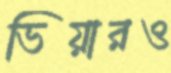
ভিয়ারও